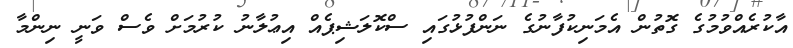
އާކުރެއްވުމުގެ ގޮތުން އެމަނިކުފާނުގެ ނަންފުޅުގައި ސްކޮލަޝިޕެއް އިޢުލާނު ކުރުމަށް ވެސް ވަނީ ނިންމާ